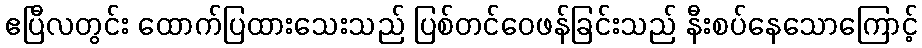
ဧပြီလတွင်း ထောက်ပြထားသေးသည် ပြစ်တင်ဝေဖန်ခြင်းသည် နီးစပ်နေသောကြောင့်